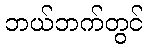
ဘယ်ဘက်တွင်